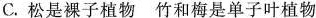
C.松是裸子植物 竹和梅是单子叶植物